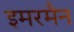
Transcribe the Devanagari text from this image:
इमरमैन